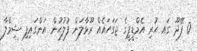
0 ފޭދޫ ގައ ހުރި އެމްޑީޕީގެ ޖަގަހައެއް ރޫޅާލަން ފުލުހުން އަންގައިފި ޝިމްލާ